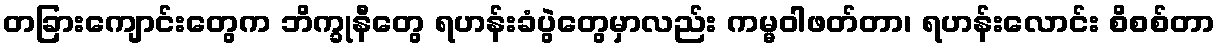
တခြားကျောင်းတွေက ဘိက္ခုနီတွေ ရဟန်းခံပွဲတွေမှာလည်း ကမ္မဝါဖတ်တာ၊ ရဟန်းလောင်း စိစစ်တာ